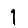
Digit: 1